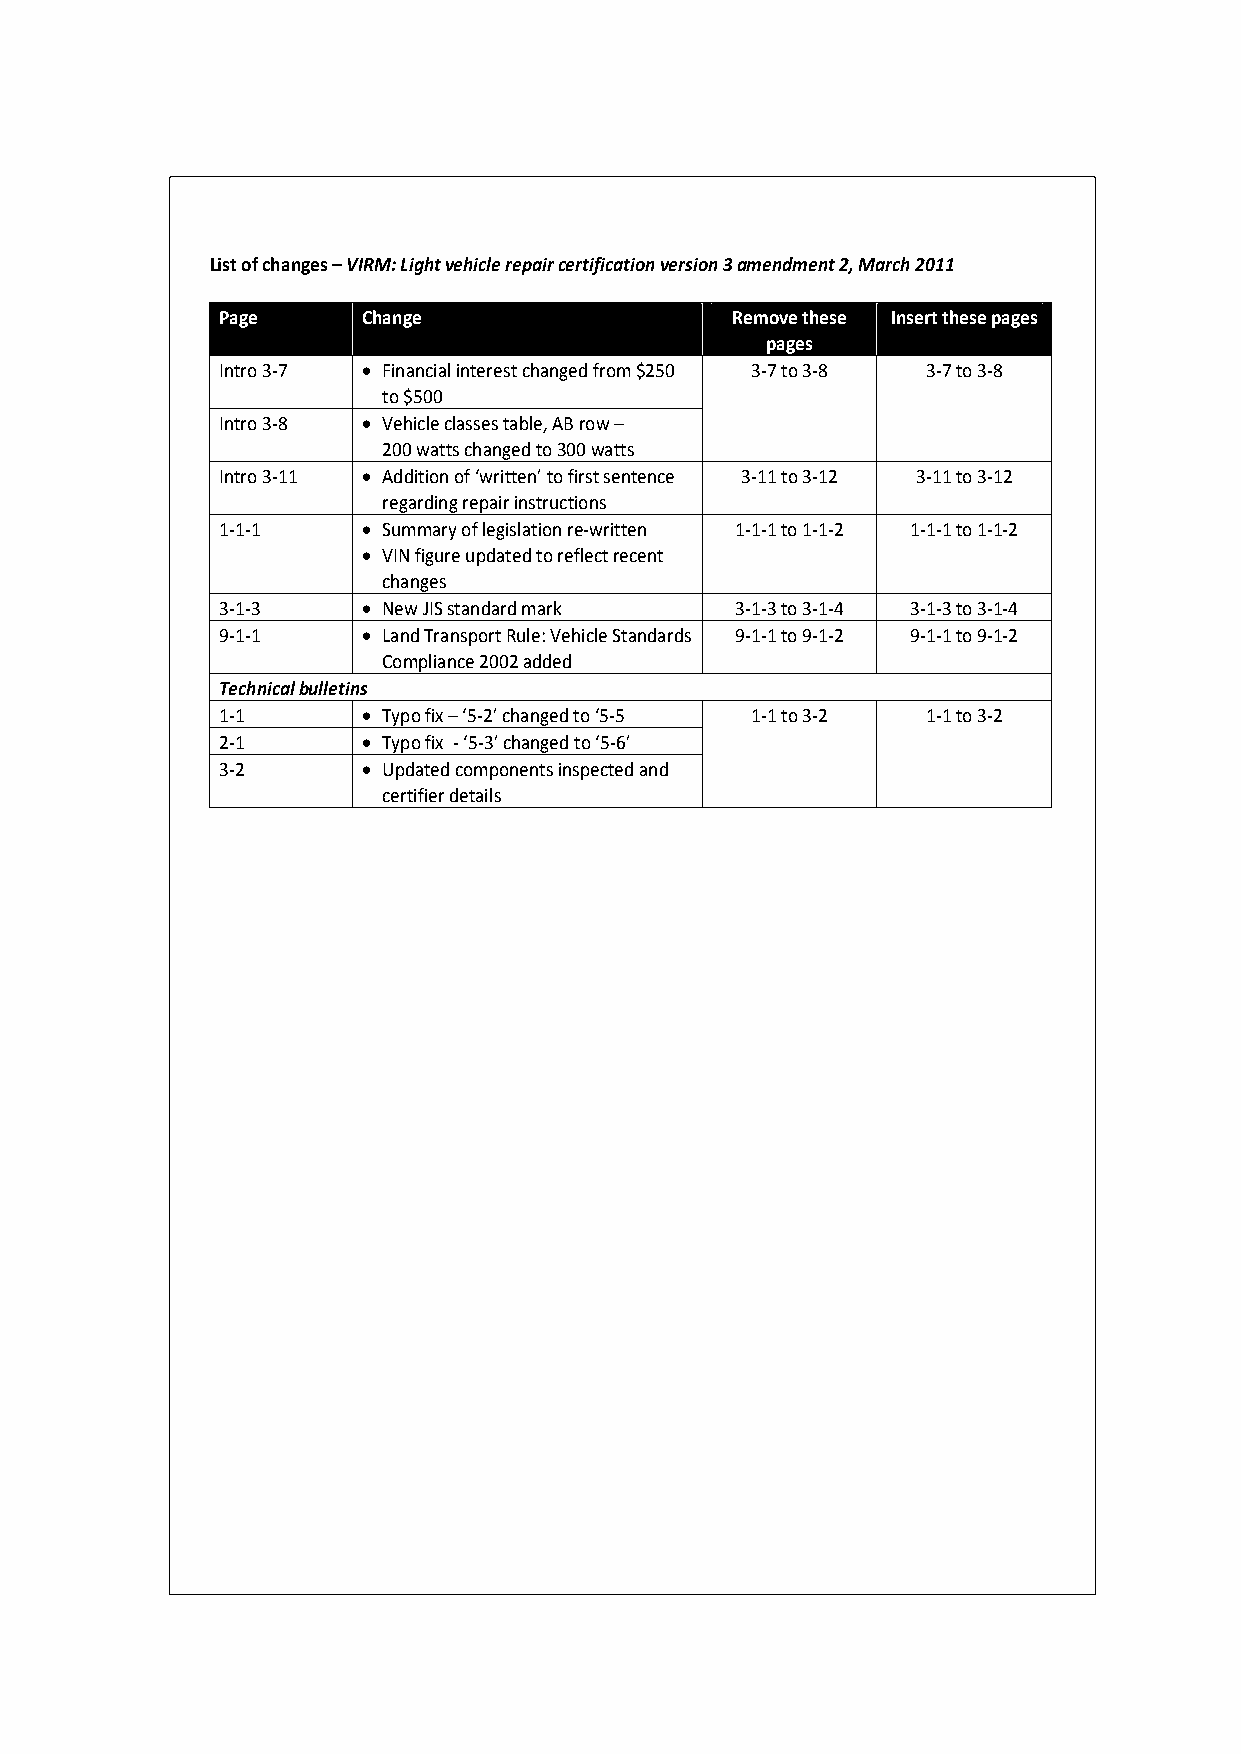
List of changes – VIRM: Light vehicle repair certification version 3 amendment 2, March 2011
 Page      Change                  Remove these Insert these pages
 pages
 Intro 3‐7  Financial interest changed from $250 3‐7 to 3‐8 3‐7 to 3‐8
 to $500
 Intro 3‐8  Vehicle classes table, AB row –
 200 watts changed to 300 watts
 Intro 3‐11  Addition of ‘written’ to first sentence 3‐11 to 3‐12 3‐11 to 3‐12
 regarding repair instructions
 1‐1‐1      Summary of legislation re‐written 1‐1‐1 to 1‐1‐2 1‐1‐1 to 1‐1‐2
  VIN figure updated to reflect recent
 changes
 3‐1‐3      New JIS standard mark  3‐1‐3 to 3‐1‐4 3‐1‐3 to 3‐1‐4
 9‐1‐1      Land Transport Rule: Vehicle Standards 9‐1‐1 to 9‐1‐2 9‐1‐1 to 9‐1‐2
 Compliance 2002 added
 Technical bulletins
 1‐1        Typo fix – ‘5‐2’ changed to ‘5‐5 1‐1 to 3‐2 1‐1 to 3‐2
 2‐1        Typo fix ‐ ‘5‐3’ changed to ‘5‐6’
 3‐2        Updated components inspected and
 certifier details